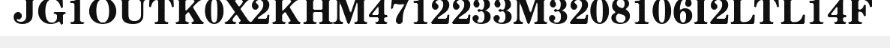
JG1OUTK0X2KHM4712233M3208106I2LTL14F